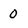
Character: 0